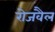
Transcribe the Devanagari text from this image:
रोजवैल